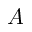
A